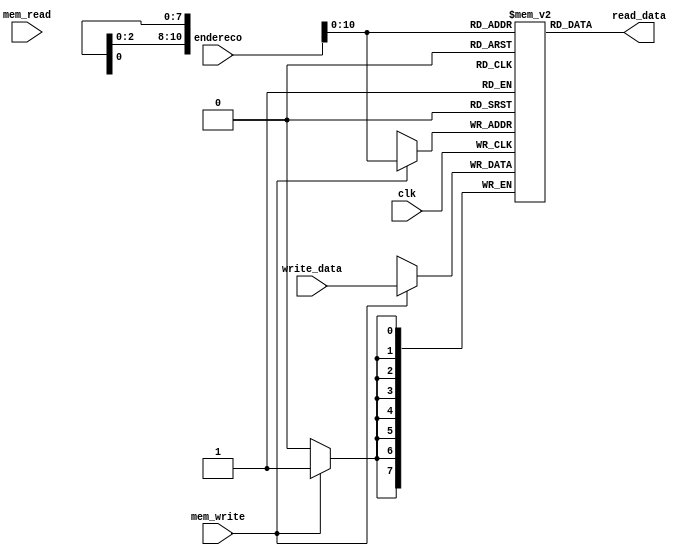
module Memory(input clk,      
              input mem_read,
              input mem_write,
              input [19:0] endereco, //saida da ula
              input [7:0] write_data, //data out b
              output [7:0] read_data // write data
             );
   reg [19:0] endereco_atual;
   reg [7:0] Memory [2047:0];

   /*
    Memoria 64x32
    Neste caso, foi instanciado em bytes, por isso sao 256 posicoes
   */
   initial begin
     /*
      Data Memory
     */
     Memory[0] = 8'd0;
     Memory[1] = 8'd0;
     Memory[2] = 8'd0;
     Memory[3] = 8'd0;
     Memory[4] = 8'd0;
     Memory[5] = 8'd0;
     Memory[6] = 8'd0;
     Memory[7] = 8'd8;
     
     Memory[8] = 8'd0;
     Memory[9] = 8'd0;
     Memory[10] = 8'd0;
     Memory[11] = 8'd0;
     Memory[12] = 8'd0;
     Memory[13] = 8'd0;
     Memory[14] = 8'd0;
     Memory[15] = 8'd6;
     
     Memory[16] = 8'd0;
     Memory[17] = 8'd0;
     Memory[18] = 8'd0;
     Memory[19] = 8'd0;
     Memory[20] = 8'd0;
     Memory[21] = 8'd0;
     Memory[22] = 8'd0;
     Memory[23] = 8'd16;

     Memory[24] = 8'd0;
     Memory[25] = 8'd0;
     Memory[26] = 8'd0;
     Memory[27] = 8'd0;
     Memory[28] = 8'd0;
     Memory[29] = 8'd0;
     Memory[30] = 8'd0;
     Memory[31] = 8'd16;

     /* Para testes de load unsigned */
     Memory[32] = 8'b10000000;
     Memory[33] = 8'b01000000;
     Memory[34] = 8'b00100000;
     Memory[35] = 8'b00010000;
     Memory[36] = 8'b00001000;
     Memory[37] = 8'b00000100;
     Memory[38] = 8'b00000010;
     Memory[39] = 8'b00000001;

     /* Para testes de load signed */
     Memory[40] = 8'b10000000;
     Memory[41] = 8'b11000000;
     Memory[42] = 8'b10100000;
     Memory[43] = 8'b10010000;
     Memory[44] = 8'b10001000;
     Memory[45] = 8'b10000100;
     Memory[46] = 8'b10000010;
     Memory[47] = 8'b10000001;

     /* testes para extensao RV64I */
     Memory[48] = 8'b10000000;
     Memory[49] = 8'b11000000;
     Memory[50] = 8'b10100000;
     Memory[51] = 8'b10010000;
     Memory[52] = 8'b01001000;
     Memory[53] = 8'b10000100;
     Memory[54] = 8'b10000010;
     Memory[55] = 8'b10000001;
    
     /* 
      Instruction Memory
      */
      /* teste load da memoria, reg x1 deve valer 8  */
     // ld x1, 0(x0)
     Memory[1026] = 8'b1_0000011;
     Memory[1025] = 8'b0_011_0000;
     Memory[1024] = 8'b0000_0000;
     Memory[1023] = 8'b00000000;
     
      /* teste load da memoria, reg x2 deve valer 6  */
     // ld x2, 8(x0)
     Memory[1030] = 8'b0_0000011;
     Memory[1029] = 8'b0_011_0001;
     Memory[1028] = 8'b1000_0000;
     Memory[1027] = 8'b00000000;

      /* teste soma entre regs, reg x3 deve valer 14  */
     // add x3, x2, x1
     Memory[1034] = 8'b1_0110011;
     Memory[1033] = 8'b1_000_0001;
     Memory[1032] = 8'b0010_0000;
     Memory[1031] = 8'b0000000_0;

     /* teste subtracao entre regs, reg x4 deve valer 6  */
     // sub x4, x3, x1
     Memory[1038] = 8'b0_0110011;
     Memory[1037] = 8'b1_000_0010;
     Memory[1036] = 8'b0001_0001;
     Memory[1035] = 8'b0100000_0;

     /* teste de storage na memoria, posicao 24 da memoria de dados
        deve valer 14  */
     // sw x3, 24(x0)
     Memory[1042] = 8'b0_0100011;
     Memory[1041] = 8'b0_010_1100;
     Memory[1040] = 8'b0011_0000;
     Memory[1039] = 8'b0000000_0;

     /* recupera o valor do storage anterior no registrador 8,
        que deve valer 14 agora  */
     // ld x8, 24(x0)
     Memory[1046] = 8'b0_0000011;
     Memory[1045] = 8'b0_011_0100;
     Memory[1044] = 8'b1000_0000;
     Memory[1043] = 8'b00000001;

     /* Nos testes do tipo B, faz-se as comparacoes desejadas e saltam 8 posicoes
        na memoria */
     // x imm[12|10:5] x4 x2 000 imm[4:1|11] 1100011 BEQ imm = 8
     Memory[1050] = 8'b0_1100011; 
     Memory[1049] = 8'b0_000_0100;
     Memory[1048] = 8'b0100_0001;
     Memory[1047] = 8'b0000000_0;

     // x imm[12|10:5] x1 x0 001 imm[4:1|11] 1100011 BNE imm = 8
     Memory[1058] = 8'b0_1100011;
     Memory[1057] = 8'b0_001_0100;
     Memory[1056] = 8'b0001_0000;
     Memory[1055] = 8'b0000000_0; 
      // imm[12|10:5] x1 x0 100 imm[4:1|11] 1100011 BLT imm = 8
     Memory[1066] = 8'b0_1100011;
     Memory[1065] = 8'b0_100_0100;
     Memory[1064] = 8'b0001_0000;
     Memory[1063] = 8'b0000000_0; 
      // x imm[12|10:5] x0 x1 101 imm[4:1|11] 1100011 BGE imm = 8
     Memory[1074] = 8'b0_1100011;
     Memory[1073] = 8'b1_101_0100;
     Memory[1072] = 8'b0000_0000;
     Memory[1071] = 8'b0000000_0;
      // x imm[12|10:5] x1 x0 110 imm[4:1|11] 1100011 BLTU imm = 8
     Memory[1082] = 8'b0_1100011; 
     Memory[1081] = 8'b0_110_0100;
     Memory[1080] = 8'b0001_0000;
     Memory[1079] = 8'b0000000_0;
      // x imm[12|10:5] x0 x1 111 imm[4:1|11] 1100011 BGEU imm = 8
     Memory[1090] = 8'b0_1100011;  
     Memory[1089] = 8'b1_111_0100; 
     Memory[1088] = 8'b0000_0000;
     Memory[1087] = 8'b0000000_0;
     
     /* Agora, os testes para o tipo J */
     /* com esta instrucao JAL, coloca o PC de 1095 para 1095 + 16
        registrador x5 deve valer 1099 */
     // imm[20|10:1|11|19:12] rd 1101111 JAL rd = x5 imm = 16
     Memory[1098] = 8'b1_1101111;  
     Memory[1097] = 8'b0000_0010; 
     Memory[1096] = 8'b000_0_0000;
     Memory[1095] = 8'b0_0000001;

     /* com esta instrucao do tipo JALR, coloca o PC para x5 (que vale 1099)
        + o immediate (0), ou seja, retorna para 1099
        registrador x5 deve valer 1115 */
     // imm[11:0] rs1 000 rd 1100111 JALR rs1 = x5 rd = x5
     Memory[1114] = 8'b1_1100111;  
     Memory[1113] = 8'b1_000_0010; 
     Memory[1112] = 8'b0000_0010;
     Memory[1111] = 8'b00000000;
    
     /* Testa soma com immediate (negativo para garantir que subi tambem funciona) */
     // imm[11:0] rs1 000 rd 0010011 imm = -2 rd = x6 rs = x3 "SUBI"
     /* reg x6 deve valer x3 - 2 = 12 */
     Memory[1102] = 8'b0_0010011;  
     Memory[1101] = 8'b1_000_0011; 
     Memory[1100] = 8'b1110_0001;
     Memory[1099] = 8'b11111111;

     // imm[31:12] rd 0010111 AUIPC imm -8 rd = x5
     /* este este foi so para verificar se o AUIPC estava funcionando
       com complemento de dois tambm, ento o registrador x6 deve valer -31665
       NAO FAZ SENTIDO EM TERMOS DE MEMORIA, E SO UM TESTE */
      Memory[1106] = 8'b0_0010111;  
      Memory[1105] = 8'b1000_0011; 
      Memory[1104] = 8'b11111111;
      Memory[1103] = 8'b11111111;
      
      /* Da um jump para sair da instrucao 11111, que ja foi setada anteriormente */
      // imm[20|10:1|11|19:12] rd 1101111 JAL rd = x5 imm = 16
      Memory[1110] = 8'b1_1101111;  
      Memory[1109] = 8'b0000_0010; 
      Memory[1108] = 8'b100_0_0000;
      Memory[1107] = 8'b0_0000000;

      /* Testes deluxe: uma nova sesso para instrucoes 
         que nao sao as basicas implementadas em sala
      */
      /* 0000000 rs2 rs1 111 rd 0110011 AND rs2 = x5 rs1 = x6 rd = x7 
         realiza and entre x5 e x6, guardando 1095 em x7*/
      Memory[1118] = 8'b1_0110011;  
      Memory[1117] = 8'b1_111_0011; 
      Memory[1116] = 8'b0110_0010;
      Memory[1115] = 8'b0000000_0;

      /* imm[11:0] rs1 111 rd 0010011 ANDI rs1 = x3 rd = x7 
         realiza andi entre x3 e 3, guardando 2 em x7*/
      Memory[1122] = 8'b1_0010011;  
      Memory[1121] = 8'b1_111_0011; 
      Memory[1120] = 8'b0011_0001;
      Memory[1119] = 8'b00000000;

       /* 0000000 rs2 rs1 110 rd 0110011 OR rs2 = x5 rs1 = x6 rd = x7 
         realiza and entre x5 e x6, guardando -31649 em x7*/
      Memory[1126] = 8'b1_0110011;  
      Memory[1125] = 8'b1_110_0011; 
      Memory[1124] = 8'b0110_0010;
      Memory[1123] = 8'b0000000_0;

      /* imm[11:0] rs1 110 rd 0010011 ORI rs1 = x3 rd = x7 
         realiza andi entre x3 e 3, guardando 15 em x7*/
      Memory[1130] = 8'b1_0010011;  
      Memory[1129] = 8'b1_110_0011; 
      Memory[1128] = 8'b0011_0001;
      Memory[1127] = 8'b00000000;


      /* Testes com a memoria */
      /* imm[11:0] rs1 000 rd 0000011 LB rd = x9 rs1 = x0 im = 32
         da load de 1 byte com sinal em x9, x9 deve valer 1 */
      Memory[1134] = 8'b1_0000011;  
      Memory[1133] = 8'b0_000_0100; 
      Memory[1132] = 8'b0000_0000;
      Memory[1131] = 8'b00000010;

      /* imm[11:0] rs1 000 rd 0000011 LB rd = x9 rs1 = x0 im = 40
         da load de 1 byte com sinal em x9, x9 deve valer -127 */
      Memory[1138] = 8'b1_0000011;  
      Memory[1137] = 8'b0_000_0100; 
      Memory[1136] = 8'b1000_0000;
      Memory[1135] = 8'b00000010;

      /* imm[11:0] rs1 100 rd 0000011 LBU rd = x9 rs1 = x0 im = 32
         da load de 1 byte sem sinal em x9, x9 deve valer 1 */
      Memory[1142] = 8'b1_0000011;  
      Memory[1141] = 8'b0_100_0100; 
      Memory[1140] = 8'b0000_0000;
      Memory[1139] = 8'b00000010;

      /* imm[11:0] rs1 100 rd 0000011 LBU rd = x9 rs1 = x0 im = 40
         da load de 1 byte sem sinal em x9, x9 deve valer 129 */
      Memory[1146] = 8'b1_0000011;  
      Memory[1145] = 8'b0_100_0100; 
      Memory[1144] = 8'b1000_0000;
      Memory[1143] = 8'b00000010;

      /* imm[11:0] rs1 001 rd 0000011 LH rd = x9 rs1 = x0 im = 32
         da load de 2 bytes com sinal em x9, x9 deve valer 513 */
      Memory[1150] = 8'b1_0000011;  
      Memory[1149] = 8'b0_001_0100; 
      Memory[1148] = 8'b0000_0000;
      Memory[1147] = 8'b00000010;

      /* imm[11:0] rs1 001 rd 0000011 LH rd = x9 rs1 = x0 im = 40
         da load de 2 bytes com sinal em x9, x9 deve valer -32127 */
      Memory[1154] = 8'b1_0000011;  
      Memory[1153] = 8'b0_001_0100; 
      Memory[1152] = 8'b1000_0000;
      Memory[1151] = 8'b00000010;

      /* imm[11:0] rs1 101 rd 0000011 LHU rd = x9 rs1 = x0 im = 32
         da load de 2 bytes sem sinal em x9, x9 deve valer 513 */
      Memory[1158] = 8'b1_0000011;  
      Memory[1157] = 8'b0_101_0100; 
      Memory[1156] = 8'b0000_0000;
      Memory[1155] = 8'b00000010;

      /* imm[11:0] rs1 101 rd 0000011 LHU rd = x9 rs1 = x0 im = 40
         da load de 2 bytes sem sinal em x9, x9 deve valer 33409 */
      Memory[1162] = 8'b1_0000011;  
      Memory[1161] = 8'b0_101_0100; 
      Memory[1160] = 8'b1000_0000;
      Memory[1159] = 8'b00000010;

      /* imm[11:0] rs1 010 rd 0000011 LW rd = x9 rs1 = x0 im = 32
         da load de 4 bytes com sinal em x9, x9 deve valer 134480385 */
      Memory[1166] = 8'b1_0000011;  
      Memory[1165] = 8'b0_010_0100; 
      Memory[1164] = 8'b0000_0000;
      Memory[1163] = 8'b00000010;

      /* imm[11:0] rs1 010 rd 0000011 LW rd = x9 rs1 = x0 im = 40
         da load de 4 bytes com sinal em x9, x9 deve valer -2004581759 */
      Memory[1170] = 8'b1_0000011;  
      Memory[1169] = 8'b0_010_0100; 
      Memory[1168] = 8'b1000_0000;
      Memory[1167] = 8'b00000010;

      /* imm[11:0] rs1 110 rd 0000011 LWU rd = x9 rs1 = x0 im = 32
         da load de 4 bytes sem sinal em x9, x9 deve valer 134480385 */
      Memory[1174] = 8'b1_0000011;  
      Memory[1173] = 8'b0_110_0100; 
      Memory[1172] = 8'b0000_0000;
      Memory[1171] = 8'b00000010;

      /* imm[11:0] rs1 110 rd 0000011 LWU rd = x9 rs1 = x0 im = 40
         da load de 4 bytes sem sinal em x9, x9 deve valer 2290385537 */
      Memory[1178] = 8'b1_0000011;  
      Memory[1177] = 8'b0_110_0100; 
      Memory[1176] = 8'b1000_0000;
      Memory[1175] = 8'b00000010;

      /* Teste XOR */
      /* 0000000 rs2 rs1 100 rd 0110011 XOR rs2 = x1 rs1 = x3 rd = x10
         xor entre registradores x1 e x3, gravando 6 no registrador x10 */
      Memory[1182] = 8'b0_0110011;  
      Memory[1181] = 8'b1_100_0101; 
      Memory[1180] = 8'b0001_0001;
      Memory[1179] = 8'b0000000_0;

      /* Teste XORI */
      /* imm[11:0] rs1 100 rd 0010011  XORI rs1 = x3 rd = x10 im = 010
         xor entre o registrador x3 e 2, gravando 12 no registrador x10 */
      Memory[1186] = 8'b0_0010011;  
      Memory[1185] = 8'b1_100_0101; 
      Memory[1184] = 8'b0010_0001;
      Memory[1183] = 8'b00000000;

      /* Teste SLT */
      /* 0000000 rs2 rs1 010 rd 0110011 SLT rs2 = x4 rs1 = x6 rd = x11
         como rs1 < rs2, x11 deve valer 1 */
      Memory[1190] = 8'b1_0110011;  
      Memory[1189] = 8'b0_010_0101; 
      Memory[1188] = 8'b0100_0011;
      Memory[1187] = 8'b0000000_0;

      /* 0000000 rs2 rs1 010 rd 0110011 SLT rs2 = x6 rs1 = x4 rd = x11
         como rs1 > rs2, x11 deve valer 0 */
      Memory[1194] = 8'b1_0110011;  
      Memory[1193] = 8'b0_010_0101; 
      Memory[1192] = 8'b0110_0010;
      Memory[1191] = 8'b0000000_0;

      /* Teste SLTU */
      /* 0000000 rs2 rs1 010 rd 0110011 SLTU rs2 = x4 rs1 = x6 rd = x11
         como rs1 > rs2, x11 deve valer 0 */
      Memory[1198] = 8'b1_0110011;  
      Memory[1197] = 8'b0_011_0101; 
      Memory[1196] = 8'b0100_0011;
      Memory[1195] = 8'b0000000_0;

      /* 0000000 rs2 rs1 010 rd 0110011 SLTU rs2 = x6 rs1 = x4 rd = x11
         como rs1 < rs2, x11 deve valer 1 */
      Memory[1202] = 8'b1_0110011;  
      Memory[1201] = 8'b0_011_0101; 
      Memory[1200] = 8'b0110_0010;
      Memory[1199] = 8'b0000000_0;

      /* Teste SLTI */
      /* imm[11:0] rs1 010 rd 0010011 SLTI rs1 = x6 rd = x11 imm = 3
         como rs1 < 3, x11 deve valer 1 */
      Memory[1206] = 8'b1_0010011;  
      Memory[1205] = 8'b0_010_0101; 
      Memory[1204] = 8'b0011_0011;
      Memory[1203] = 8'b00000000;

      /* imm[11:0] rs1 010 rd 0010011 SLTI rs1 = x4 rd = x11 imm = 3
         como rs1 > 3, x11 deve valer 0 */
      Memory[1210] = 8'b1_0010011;  
      Memory[1209] = 8'b0_010_0101; 
      Memory[1208] = 8'b0011_0010;
      Memory[1207] = 8'b00000000;

      /* Teste SLTIU */
      /* imm[11:0] rs1 011 rd 0010011 SLTIU rs1 = x6 rd = x11 imm = 3
         como rs1 > 3, x11 deve valer 0 */
      Memory[1214] = 8'b1_0010011;  
      Memory[1213] = 8'b0_011_0101; 
      Memory[1212] = 8'b0011_0011;
      Memory[1211] = 8'b00000000;

      /* imm[11:0] rs1 011 rd 0010011 SLTIU rs1 = x4 rd = x11 imm = 15
         como rs1 < 3, x11 deve valer 1 */
      Memory[1218] = 8'b1_0010011;  
      Memory[1217] = 8'b0_011_0101; 
      Memory[1216] = 8'b1111_0010;
      Memory[1215] = 8'b00000000;

      /* Testes com storage */
      /* imm[11:5] rs2 rs1 000 imm[4:0] 0100011 SB imm = 40 rs2 = x6 rs1 = x0  */
      Memory[1222] = 8'b0_0100011;  
      Memory[1221] = 8'b0_000_0100; 
      Memory[1220] = 8'b0110_0000;
      Memory[1219] = 8'b0000001_0;

      // ld x1, 0(x0)
      // reg x1 = 79
      Memory[1226] = 8'b1_0000011;
      Memory[1225] = 8'b0_011_0000;
      Memory[1224] = 8'b1000_0000;
      Memory[1223] = 8'b00000010;
      
      /* imm[11:5] rs2 rs1 001 imm[4:0] 0100011 SB imm = 40 rs2 = x6 rs1 = x0  */
      Memory[1230] = 8'b0_0100011;  
      Memory[1229] = 8'b0_001_0100; 
      Memory[1228] = 8'b0110_0000;
      Memory[1227] = 8'b0000001_0;

      // ld x1, 0(x0)
      // reg x1 = 33871
      Memory[1234] = 8'b1_0000011;
      Memory[1233] = 8'b0_011_0000;
      Memory[1232] = 8'b1000_0000;
      Memory[1231] = 8'b00000010;

      /* imm[11:5] rs2 rs1 001 imm[4:0] 0100011 SB imm = 40 rs2 = x6 rs1 = x0  */
      Memory[1238] = 8'b0_0100011;  
      Memory[1237] = 8'b0_010_0100; 
      Memory[1236] = 8'b0110_0000;
      Memory[1235] = 8'b0000001_0;

      // ld x1, 0(x0)
      // reg x1 = 4294935631
      Memory[1242] = 8'b1_0000011;
      Memory[1241] = 8'b0_011_0000;
      Memory[1240] = 8'b1000_0000;
      Memory[1239] = 8'b00000010;

      /* Testes com SHIFTs */
      /* Reseta registrador x12 para x6 */
      // 000000 shamt rs1 001 rd 0010011 SLLI rd = x12 rs1 = x6 shamt = 0
      // x12 = -31665
      Memory[1246] = 8'b0_0010011;
      Memory[1245] = 8'b0_001_0110;
      Memory[1244] = 8'b0000_0011;
      Memory[1243] = 8'b000000_00;

      // 000000 shamt rs1 001 rd 0010011 SLLI rd = x12 rs1 = x6 shamt = 3
      // x12 = -253320
      Memory[1250] = 8'b0_0010011;
      Memory[1249] = 8'b0_001_0110;
      Memory[1248] = 8'b0011_0011;
      Memory[1247] = 8'b000000_00;

      /* Reseta registrador */
      // 000000 shamt rs1 001 rd 0010011 SLLI rd = x12 rs1 = x6 shamt = 0
      // x12 = -31665
      Memory[1254] = 8'b0_0010011;
      Memory[1253] = 8'b0_001_0110;
      Memory[1252] = 8'b0000_0011;
      Memory[1251] = 8'b000000_00;

      // 000000 shamt rs1 001 rd 0010011 SRLI rd = x12 rs1 = x6 shamt = 3
      // x12 = 230584300921369993
      Memory[1258] = 8'b0_0010011;
      Memory[1257] = 8'b0_101_0110;
      Memory[1256] = 8'b0011_0011;
      Memory[1255] = 8'b000000_00;
      
      /* Reseta registrador */
      // 000000 shamt rs1 001 rd 0010011 SLLI rd = x12 rs1 = x6 shamt = 0
      // x12 = -31665
      Memory[1262] = 8'b0_0010011;
      Memory[1261] = 8'b0_001_0110;
      Memory[1260] = 8'b0000_0011;
      Memory[1259] = 8'b000000_00;

      // 010000 shamt rs1 101 rd 0010011 SRAI rd = x12 rs1 = x6 shamt = 3
      // x12 = -3959
      Memory[1266] = 8'b0_0010011;
      Memory[1265] = 8'b0_101_0110;
      Memory[1264] = 8'b0011_0011;
      Memory[1263] = 8'b010000_00;

      // 0100000 shamt rs1 101 rd 0010011 SRAI rd = x12 rs1 = x1 shamt = 3
      // x12 = 536866953
      Memory[1270] = 8'b0_0010011;
      Memory[1269] = 8'b1_101_0110;
      Memory[1268] = 8'b0011_0000;
      Memory[1267] = 8'b010000_00;

      /* Reseta registrador */
      // 000000 shamt rs1 001 rd 0010011 SLLI rd = x12 rs1 = x6 shamt = 0
      // x12 = -31665
      Memory[1274] = 8'b0_0010011;
      Memory[1273] = 8'b0_001_0110;
      Memory[1272] = 8'b0000_0011;
      Memory[1271] = 8'b000000_00;

      // 0000000 rs2 rs1 001 rd 0110011 SLL rd = x12 rs1 = x6 rs2 = x2
      // x12 = -2026560
      Memory[1278] = 8'b0_0110011;
      Memory[1277] = 8'b0_001_0110;
      Memory[1276] = 8'b0010_0011;
      Memory[1275] = 8'b000000_00;

      /* Reseta registrador */
      // 000000 shamt rs1 001 rd 0010011 SLLI rd = x12 rs1 = x6 shamt = 0
      // x12 = -31665
      Memory[1282] = 8'b0_0010011;
      Memory[1281] = 8'b0_001_0110;
      Memory[1280] = 8'b0000_0011;
      Memory[1279] = 8'b000000_00;
      
      // 0000000 rs2 rs1 101 rd 0110011 SRL rd = x12 rs1 = x6 rs2 = x2
      // x12 = 288230376151711249
      Memory[1286] = 8'b0_0110011;
      Memory[1285] = 8'b0_101_0110;
      Memory[1284] = 8'b0010_0011;
      Memory[1283] = 8'b000000_00;

      /* Reseta registrador */
      // 000000 shamt rs1 001 rd 0010011 SLLI rd = x12 rs1 = x6 shamt = 0
      // x12 = -31665
      Memory[1290] = 8'b0_0010011;
      Memory[1289] = 8'b0_001_0110;
      Memory[1288] = 8'b0000_0011;
      Memory[1287] = 8'b000000_00;
      
      // 0100000 rs2 rs1 101 rd 0110011 SRA rd = x12 rs1 = x6 rs2 = x2
      // x12 = -495
      Memory[1294] = 8'b0_0110011;
      Memory[1293] = 8'b0_101_0110;
      Memory[1292] = 8'b0010_0011;
      Memory[1291] = 8'b010000_00;

      /* extensao RV64I */
      // imm[11:0] rs1 000 rd 0011011 ADDIW rs1 = x6 rd = x14 imm = 1
      // x14 = -31664
      Memory[1298] = 8'b0_0011011;
      Memory[1297] = 8'b0_000_0111;
      Memory[1296] = 8'b0001_0011;
      Memory[1295] = 8'b00000000;

      // imm[11:0] rs1 000 rd 0011011 ADDIW rs1 = x6 rd = x14 imm = -1
      // x14 = -31666
      Memory[1302] = 8'b0_0011011;
      Memory[1301] = 8'b0_000_0111;
      Memory[1300] = 8'b1111_0011;
      Memory[1299] = 8'b11111111;

      // ld x6, 0(x0)
      // reg x6 = -9169152299773951359
      Memory[1306] = 8'b0_0000011;
      Memory[1305] = 8'b0_011_0011;
      Memory[1304] = 8'b0000_0000;
      Memory[1303] = 8'b00000011;

      // imm[11:0] rs1 000 rd 0011011 ADDIW rs1 = x6 rd = x14 imm = 1
      // x14 = 1216643714
      Memory[1310] = 8'b0_0011011;
      Memory[1309] = 8'b0_000_0111;
      Memory[1308] = 8'b0001_0011;
      Memory[1307] = 8'b00000000;

      // 0000000 shamt rs1 001 rd 0011011 SLLIW rs1 = x6 rd = x14 imm = 3
      // x14 = 1143215112
      Memory[1314] = 8'b0_0011011;
      Memory[1313] = 8'b0_001_0111;
      Memory[1312] = 8'b0011_0011;
      Memory[1311] = 8'b0000000_0;

      // 0000000 shamt rs1 101 rd 0011011 SRLIW rs1 = x6 rd = x14 imm = 3
      // x14 = 152080464
      Memory[1318] = 8'b0_0011011;
      Memory[1317] = 8'b0_101_0111;
      Memory[1316] = 8'b0011_0011;
      Memory[1315] = 8'b0000000_0;

      // 0100000 shamt rs1 101 rd 0011011 SRAIW rs1 = x6 rd = x14 imm = 3
      // x14 = 152080464
      Memory[1322] = 8'b0_0011011;
      Memory[1321] = 8'b0_101_0111;
      Memory[1320] = 8'b0011_0011;
      Memory[1319] = 8'b0100000_0;

      // 0100000 shamt rs1 101 rd 0011011 SRAIW rs1 = x1 rd = x14 imm = 3
      // x14 = -3959
      Memory[1326] = 8'b0_0011011;
      Memory[1325] = 8'b1_101_0111;
      Memory[1324] = 8'b0011_0000;
      Memory[1323] = 8'b0100000_0;

      // 0000000 rs2 rs1 000 rd 0111011 ADDW rd = x15 rs1 = x1 rs2 = x3 
      // x15 = -31651
      Memory[1330] = 8'b1_0111011;
      Memory[1329] = 8'b1_000_0111;
      Memory[1328] = 8'b0011_0000;
      Memory[1327] = 8'b0000000_0;

      // 0100000 rs2 rs1 000 rd 0111011 SUBW rd = x15 rs1 = x1 rs2 = x3 
      // x15 = -31679
      Memory[1334] = 8'b1_0111011;
      Memory[1333] = 8'b1_000_0111;
      Memory[1332] = 8'b0011_0000;
      Memory[1331] = 8'b0100000_0;

      // 0000000 rs2 rs1 001 rd 0111011 SLLW rd = x15 rs1 = x1 rs2 = x3 
      // x15 = -518799360
      Memory[1338] = 8'b1_0111011;
      Memory[1337] = 8'b1_001_0111;
      Memory[1336] = 8'b0011_0000;
      Memory[1335] = 8'b0000000_0;

      // 0000000 rs2 rs1 101 rd 0111011 SRLW rd = x15 rs1 = x1 rs2 = x3 
      // x15 = 262142
      Memory[1342] = 8'b1_0111011;
      Memory[1341] = 8'b1_101_0111;
      Memory[1340] = 8'b0011_0000;
      Memory[1339] = 8'b0000000_0;

      // 0100000 rs2 rs1 101 rd 0111011 SRAW rd = x15 rs1 = x1 rs2 = x3 
      // x15 = -2
      Memory[1346] = 8'b1_0111011;
      Memory[1345] = 8'b1_101_0111;
      Memory[1344] = 8'b0011_0000;
      Memory[1343] = 8'b0100000_0;

      /* Teste LUI */
      // imm[31:12] rd 0110111 rd = x16 imm = 1
      // x16 = 4096
      Memory[1350] = 8'b0_0110111;
      Memory[1349] = 8'b0001_1000;
      Memory[1348] = 8'b00000000;
      Memory[1347] = 8'b00000000;

      // imm[31:12] rd 0110111 rd = x16 imm = 2
      // x16 = 8192
      Memory[1354] = 8'b0_0110111;
      Memory[1353] = 8'b0010_1000;
      Memory[1352] = 8'b00000000;
      Memory[1351] = 8'b00000000;
      
      /*
         Simulando cdigo em C:
         int main () {
            int a = 2;
            int b = 1;
            int c = a + b;
            return 0;
         }

         Assembly gerado sem pseudo instrucoes:
         0000000000000000 <main>:
            0:	fe010113          	addi	sp,sp,-32
            4:	00813c23          	sd	s0,24(sp)
            8:	02010413          	addi	s0,sp,32
            c:	00200793          	addi	a5,zero,2
         10:	fef42223          	sw	a5,-28(s0)
         14:	00100793          	addi	a5,zero,1
         18:	fef42423          	sw	a5,-24(s0)
         1c:	fe442783          	lw	a5,-28(s0)
         20:	00078713          	addi	a4,a5,0
         24:	fe842783          	lw	a5,-24(s0)
         28:	00f707bb          	addw	a5,a4,a5
         2c:	fef42623          	sw	a5,-20(s0)
         30:	00000793          	addi	a5,zero,0
         34:	00078513          	addi	a0,a5,0
         38:	01813403          	ld	s0,24(sp)
         3c:	02010113          	addi	sp,sp,32
         40:	00008067          	jalr	zero,0(ra)

         Assembly compilado para rodar aqui no RISC-V com sp = x1
         
         addi x1,x1,-32
         sd	x0,24(x1)
         addi x0,x1,32
         addi x5,x0,2
         sw	x5,-28(x0)
         addi x5,x0,1
         sw	x5,-24(x0)
         lw	x5,-28(x0)
         addi x4,x5,0
         lw	x5,-24(x0)
         addw x5,x4,x5
         sw	x5,-20(x0)
         addi x5,x0,0
         addi x0,x5,0
         ld x0,24(x1)
         addi x1,x1,32
         jalr x0,0(ra)

      */

      Memory[1358] = 8'b10010011;
      Memory[1357] = 8'b10000000;
      Memory[1356] = 8'b00000000;
      Memory[1355] = 8'b11111110;

      Memory[1362] = 8'b00100011;
      Memory[1361] = 8'b10111000;
      Memory[1360] = 8'b00000000;
      Memory[1359] = 8'b00000010;

      Memory[1366] = 8'b00010011;
      Memory[1365] = 8'b10000000;
      Memory[1364] = 8'b00000000;
      Memory[1363] = 8'b00000010;

      Memory[1370] = 8'b10010011;
      Memory[1369] = 8'b00000010;
      Memory[1368] = 8'b00100000;
      Memory[1367] = 8'b00000000;

      Memory[1374] = 8'b10100011;
      Memory[1373] = 8'b00100100;
      Memory[1372] = 8'b01010000;
      Memory[1371] = 8'b11111100;

      Memory[1378] = 8'b10100011;
      Memory[1377] = 8'b00100100;
      Memory[1376] = 8'b01010000;
      Memory[1375] = 8'b11111100;

      Memory[1382] = 8'b00000000;
      Memory[1381] = 8'b00010000;
      Memory[1380] = 8'b00000010;
      Memory[1379] = 8'b10010011;

      Memory[1386] = 8'b11111100;
      Memory[1385] = 8'b01010000;
      Memory[1384] = 8'b00101000;
      Memory[1383] = 8'b10100011;

      Memory[1390] = 8'b11111110;
      Memory[1389] = 8'b01000000;
      Memory[1388] = 8'b00100010;
      Memory[1387] = 8'b10000011;

      Memory[1394] = 8'b00000000;
      Memory[1393] = 8'b00000010;
      Memory[1392] = 8'b10000010;
      Memory[1391] = 8'b00010011;

      Memory[1398] = 8'b11111110;
      Memory[1397] = 8'b10000000;
      Memory[1396] = 8'b00100010;
      Memory[1395] = 8'b10000011;

      Memory[1402] = 8'b00000000;
      Memory[1401] = 8'b01010010;
      Memory[1400] = 8'b00000010;
      Memory[1399] = 8'b10111011;

      Memory[1406] = 8'b11111100;
      Memory[1405] = 8'b01010000;
      Memory[1404] = 8'b00101100;
      Memory[1403] = 8'b10100011;

      Memory[1410] = 8'b00000000;
      Memory[1409] = 8'b00000000;
      Memory[1408] = 8'b00000010;
      Memory[1407] = 8'b10010011;

      Memory[1414] = 8'b00000000;
      Memory[1413] = 8'b00000010;
      Memory[1412] = 8'b10000000;
      Memory[1411] = 8'b00010011;

      Memory[1418] = 8'b00000001;
      Memory[1417] = 8'b10000000;
      Memory[1416] = 8'b10110000;
      Memory[1415] = 8'b00000011;

      Memory[1422] = 8'b00000010;
      Memory[1421] = 8'b00000000;
      Memory[1420] = 8'b10000000;
      Memory[1419] = 8'b10010011;

      Memory[1426] = 8'b00000000;
      Memory[1425] = 8'b00000000;
      Memory[1424] = 8'b00000000;
      Memory[1423] = 8'b11100111;


   end
   
   assign read_data = Memory[endereco]; 

   // sincrono
   always @(posedge clk) begin        
        if (mem_write == 1) begin
          Memory[endereco] <= write_data;
        end
   end      
endmodule